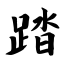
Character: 踏